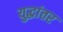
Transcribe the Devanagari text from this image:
युद्धांतर